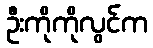
ဦးကိုကိုလွင်က